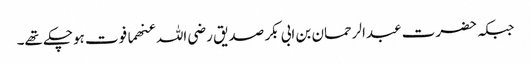
جبکہ حضرت عبدالرحمان بن ابی بکر صدیق رضی اللہ عنھما فوت ہوچکے تھے۔